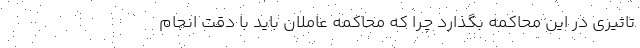
تاثیری در این محاکمه بگذارد چرا که محاکمه عاملان باید با دقت انجام